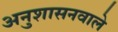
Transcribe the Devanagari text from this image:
अनुशासनवाले